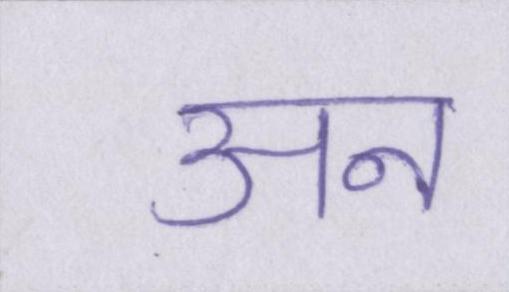
अन